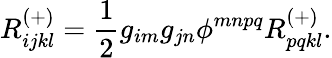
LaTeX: R_{ijkl}^{(+)}=\frac{1}{2}g_{im}g_{jn}\phi^{mnpq}R_{pqkl}^{(+)}.